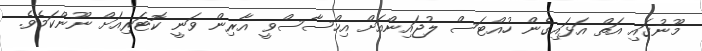
މޫނުގައި އަތް އަޅައިގެން ހުއްޓަސް ލުޖައިންއަށް އިހްސާސްވީ އާރިން ވަނީ ކޮޓަރިއަށް ނޫންކަމެވެ.